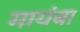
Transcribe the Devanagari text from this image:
मायंबा